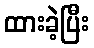
ထားခဲ့ပြီး